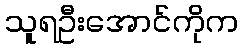
သူရဦးအောင်ကိုက